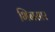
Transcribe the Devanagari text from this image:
भिनसार